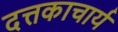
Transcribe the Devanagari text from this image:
दत्तकाचार्य